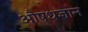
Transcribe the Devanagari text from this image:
औषधज्ञान